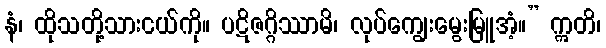
နံ၊ ထိုသတို့သားငယ်ကို။ ပဋိဇဂ္ဂိဿာမိ၊ လုပ်ကျွေးမွေးမြူအံ့။” ဣတိ၊